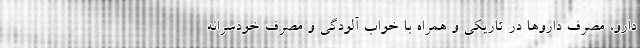
دارو، مصرف داروها در تاریکی و همراه با خواب آلودگی و مصرف خودسرانه